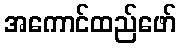
အကောင်ထည်ဖော်